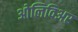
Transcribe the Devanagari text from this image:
ओलिविअर